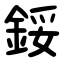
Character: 鋖